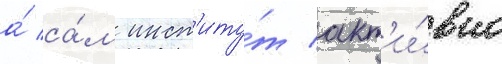
а́ са́м инст'иту́т акт'и́вно